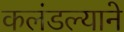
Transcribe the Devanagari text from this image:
कलंडल्याने